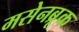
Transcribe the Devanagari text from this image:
मसेनब्रूक